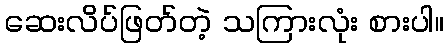
ဆေးလိပ်ဖြတ်တဲ့ သကြားလုံး စားပါ။